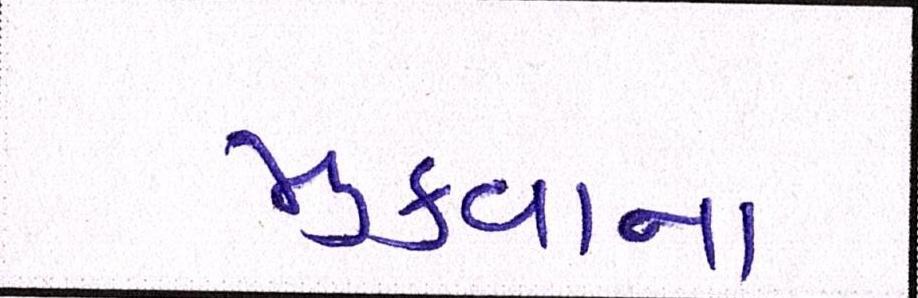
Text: મુકવાના